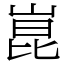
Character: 崑